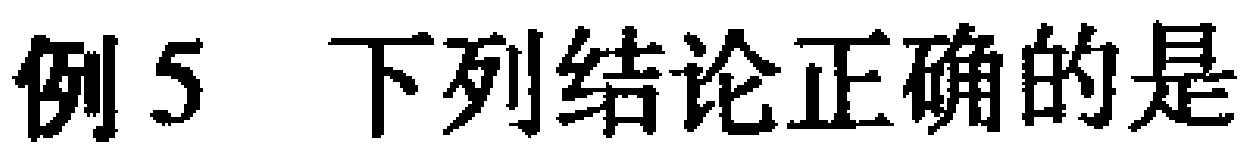
例5 下列结论正确的是